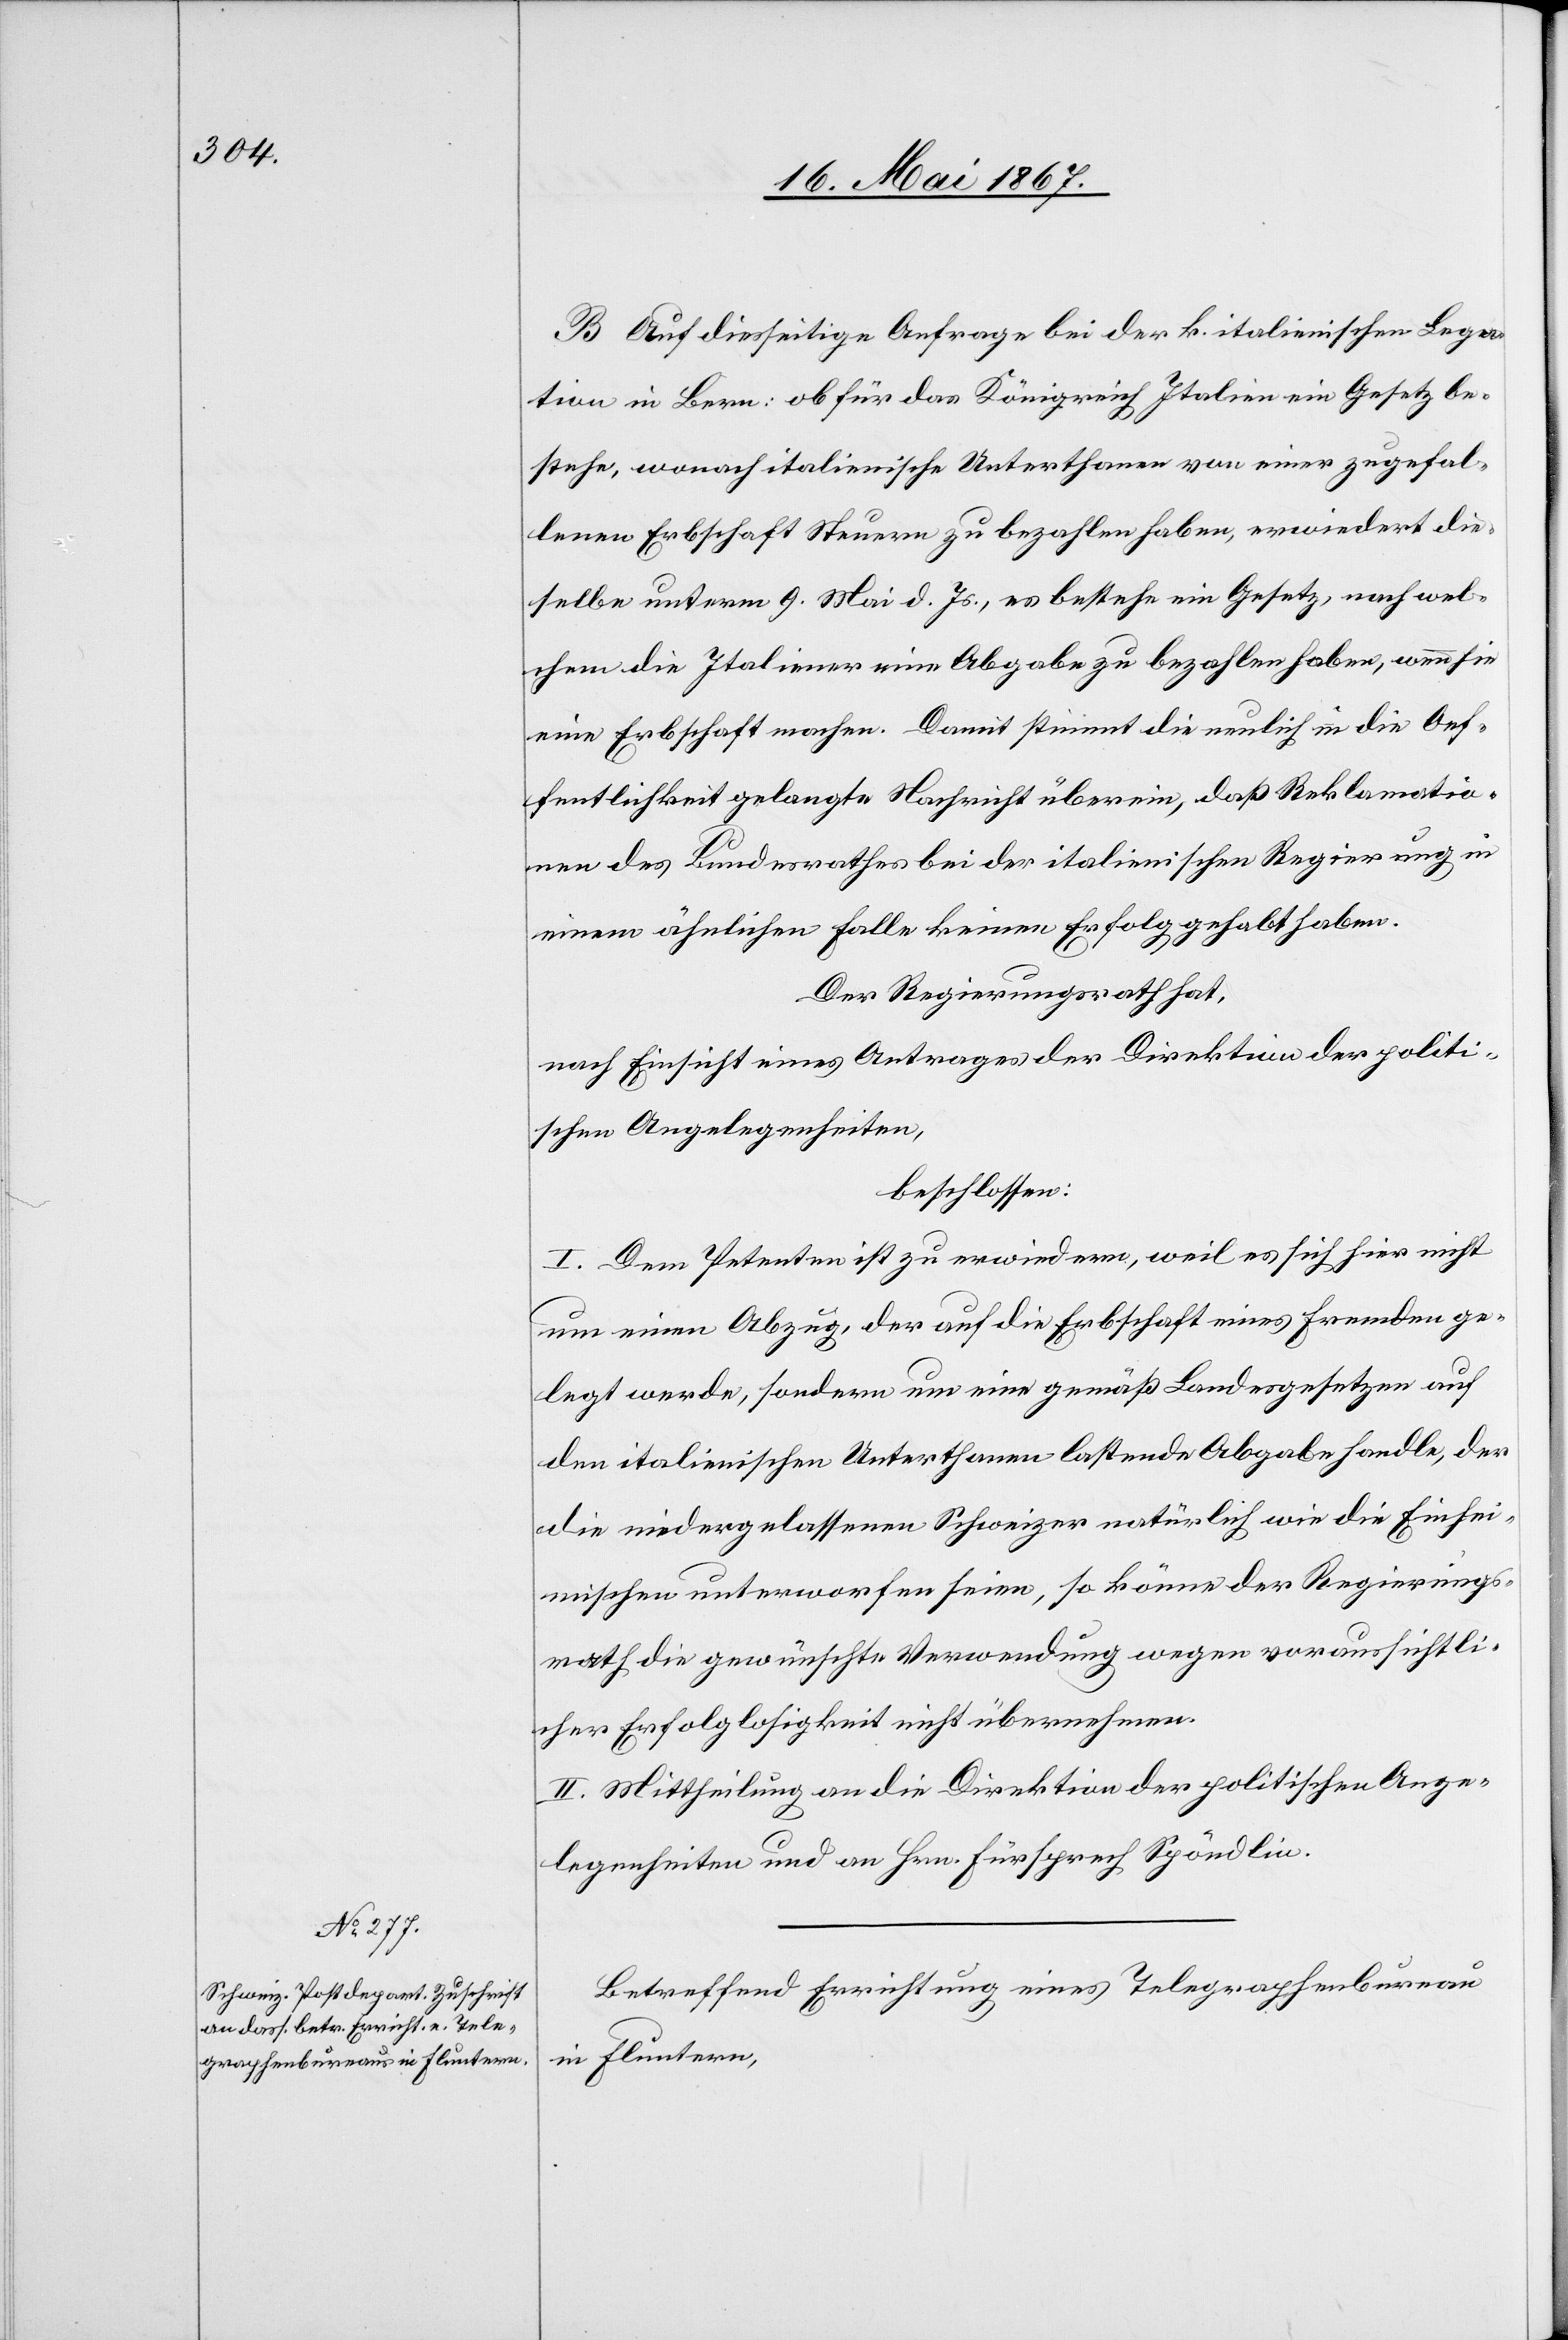
B. Auf diesseitige Anfrage bei der k. italienischen Lega¬
tion in Bern: ob für das Königreich Italien ein Gesetz be¬
stehe, wonach italienische Unterthanen von einer zugefal¬
lenen Erbschaft Steuern zu bezahlen haben, erwiedert die¬
selbe unterm 9. Mai d. Js., es bestehe ein Gesetz, nach wel¬
chem die Italiener eine Abgabe zu bezahlen haben, wenn sie
eine Erbschaft machen. Damit stimmt die neulich in die Oef¬
fentlichkeit gelangte Nachricht überein, daß Reklamatio¬
nen des Bundesrathes bei der italienischen Regierung in
einem ähnlichen Falle keinen Erfolg gehabt haben.
Der Regierungsrath hat,
nach Einsicht eines Antrages der Direktion der politi¬
schen Angelegenheiten,
beschlossen:
I. Dem Petenten ist zu erwiedern, weil es sich hier nicht
um einen Abzug, der auf die Erbschaft eines Fremden ge¬
legt werde, sondern um eine gemäß Landesgesetzen auf
den italienischen Unternehmer lastende Abgabe handle, der
die niedergelassenen Schweizer natürlich wie die Einhei¬
mischen unterworfen seien, so könne der Regierungs¬
rath die gewünschte Verwendung wegen voraussichtli¬
cher Erfolglosigkeit nicht übernehmen.
II. Mittheilung an die Direktion der politischen Ange¬
legenheiten und an Hrn. Fürsprech Spöndlin.
Betreffend Errichtung eines Telegraphenbureau
in Fluntern,